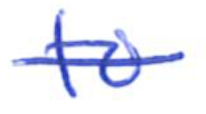
Text: to
Cross-out: single-line
Writing tool: ballpoint